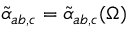
\tilde { \alpha } _ { a b , c } = \tilde { \alpha } _ { a b , c } ( \Omega )